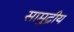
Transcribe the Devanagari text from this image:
सामुद्रीय